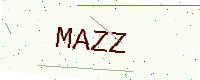
Text: MAZZ